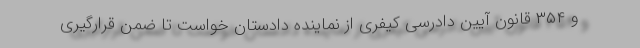
و ۳۵۴ قانون آیین دادرسی کیفری از نماینده دادستان خواست تا ضمن قرارگیری